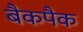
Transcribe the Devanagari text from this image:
बैकपैक